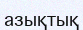
азықтық